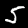
Digit: 5